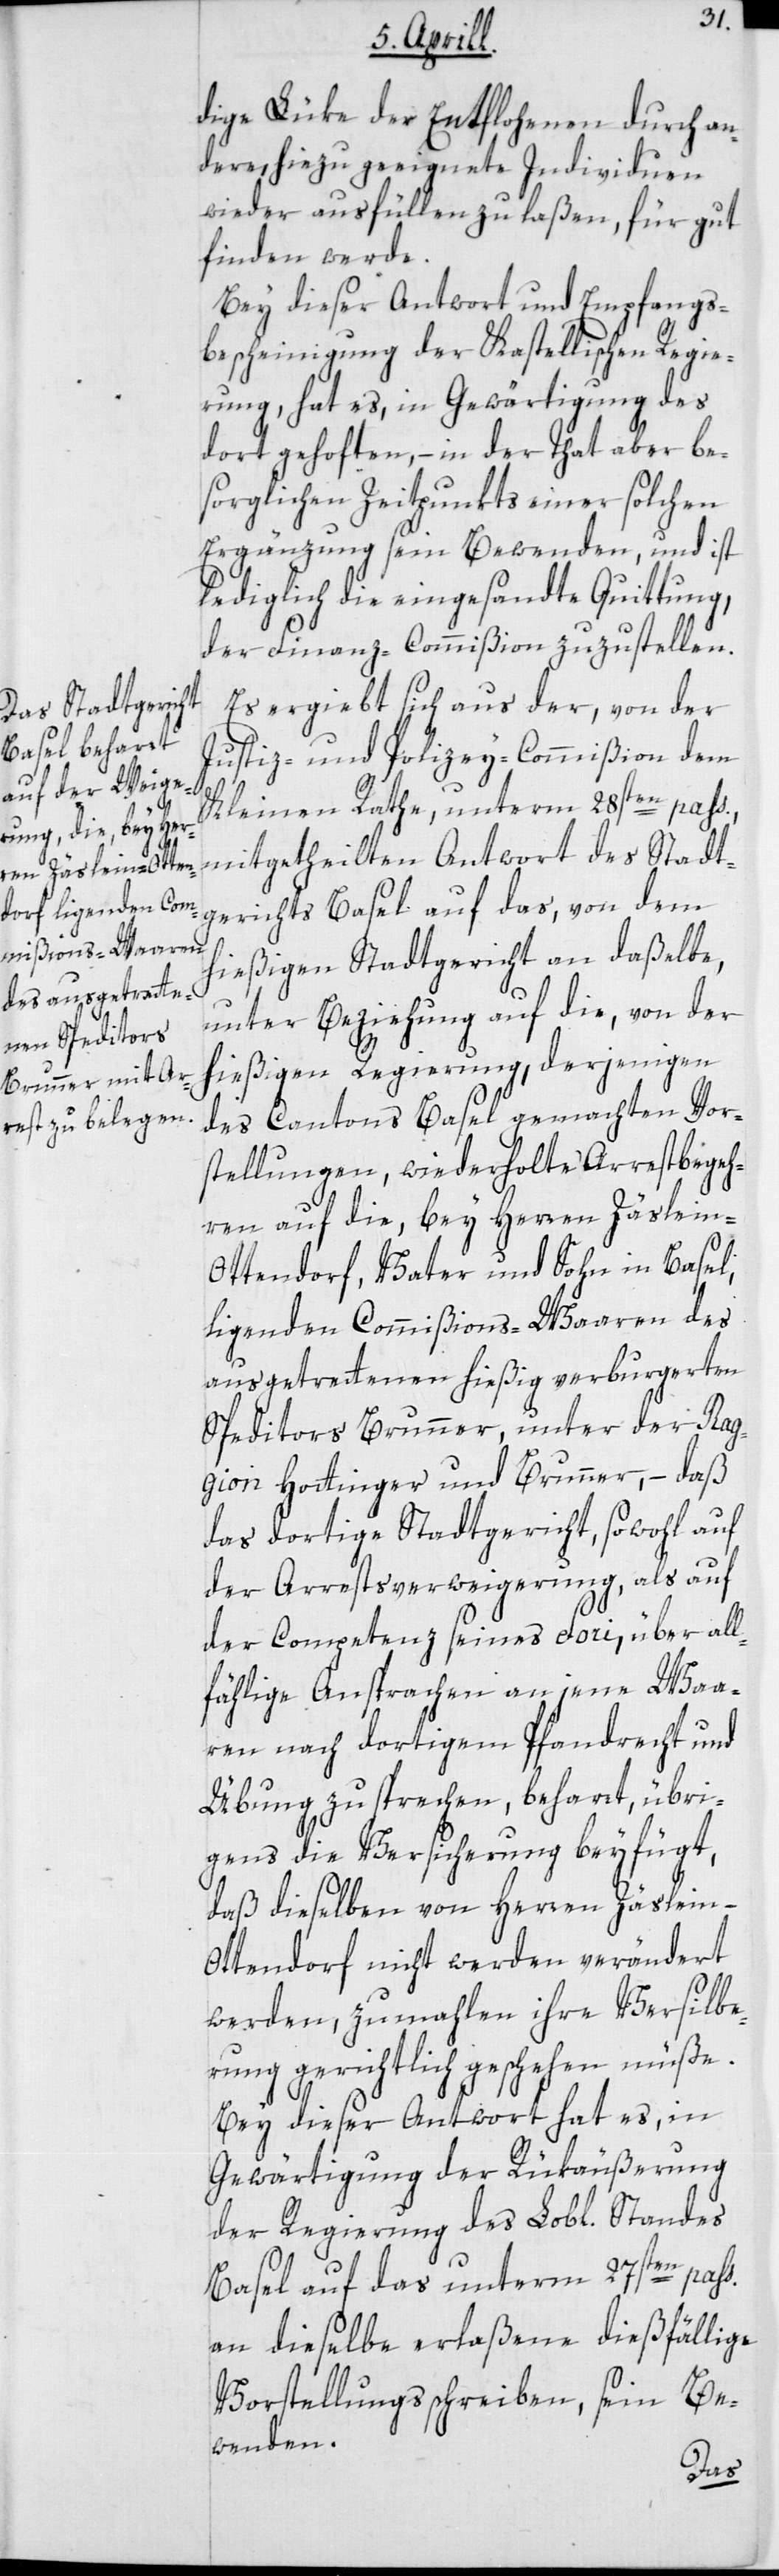
dige Lüke der Entflohenen durch an¬
dere, hiezu geeignete Individuen
wieder ausfüllen zu laßen, für gut
finden werde.
Bey dieser Antwort und Empfangs¬
bescheinigung der Kastellischen Regie¬
rung, hat es, in Gewärtigung des
dort gehoften, – in der That aber be¬
sorgliche Zeitpunkts einer solchen
Ergänzung sein Bewenden, und ist
lediglich die eingesandte Quittung,
der Finanz-Commißion zuzustellen.
Es ergiebt sich aus der, von der
Justiz- und Polizey-Commißion dem
Kleinen Rathe, unterm 28sten pass.
mitgetheilten Antwort des Stadt¬
gerichts Basel auf das, von dem
s.
hießigen Stadtgericht an daßelbe,
unter Beziehung auf die, von der
hießigen Regierung, derjenigen
des Cantons Basel gemachten Vor¬
stellungen, wiederholte Arrestbegeh¬
ren auf die, bey Herren Zäslein-O¬
ttendorf, Vater und Sohn in Basel,
liegenden Commißions-Waaren des
ausgetrettenen hießig verburgerten
Speditors Brunner, unter der Rag¬
gion Hottinger und Brunner, – daß
das dortige Stadtgericht, sowohl auf
der Arrestsverweigerung, als auf
der Competenz seines Fori, über all¬
fählige Ansprachen an jene Waa¬
ren nach dortigem Pfandrecht und
Übung zu sprechen, beharrt, übri¬
gens die Versicherung beyfügt,
daß dieselben von Herren Zäslein-O¬
ttendorf nicht werden verändert
werden, zumahlen ihre Versilbe¬
rung gerichtlich geschehen müße.
Bey dieser Antwort hat es, in
Gewärtigung der Rükäußerung
der Regierung des Lobl. Standes
Basel auf das unterm 27sten pas¬
an dieselbe erlaßene dießfällige
Vorstellungsschreiben, sein Be¬
wenden.